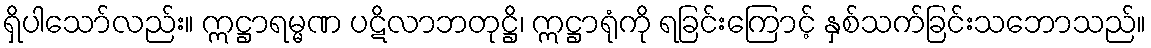
ရှိပါသော်လည်း။ ဣဋ္ဌာရမ္မဏ ပဋိလာဘတုဋ္ဌိ၊ ဣဋ္ဌာရုံကို ရခြင်းကြောင့် နှစ်သက်ခြင်းသဘောသည်။